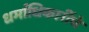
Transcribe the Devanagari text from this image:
धर्माधिकारींचे